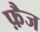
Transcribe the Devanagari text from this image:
फ़ैज